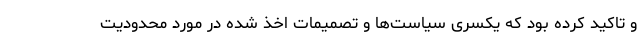
و تاکید کرده بود که یکسری سیاست‌ها و تصمیمات اخذ شده در مورد محدودیت